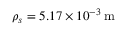
\rho _ { s } = 5 . 1 7 \times 1 0 ^ { - 3 } \, \mathrm { m }